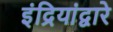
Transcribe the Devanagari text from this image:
इंद्रियांद्वारे